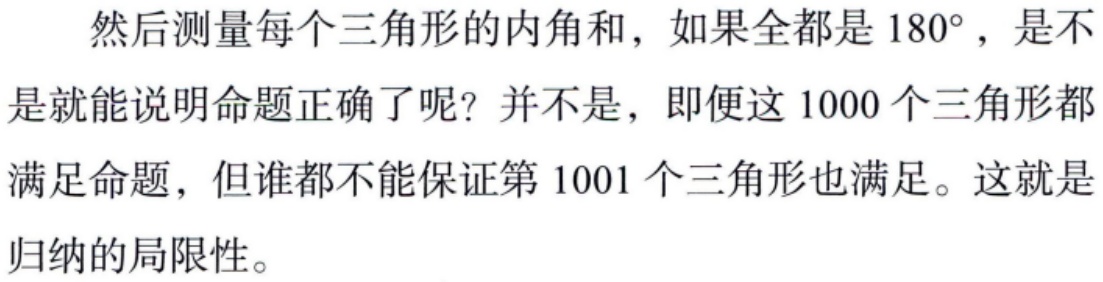
然后测量每个三角形的内角和，如果全都是 \(180^{\circ}\)，是不是就能说明命题正确了呢？并不是，即便这 \(1000\) 个三角形都满足命题，但谁都不能保证第 \(1001\) 个三角形也满足。这就是归纳的局限性。